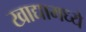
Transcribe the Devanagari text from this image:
खाद्यामध्ये